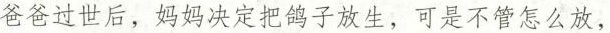
爸爸过世后，妈妈决定把鸽子放生，可是不管怎么放。